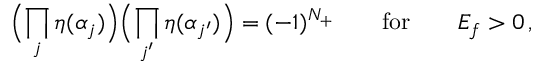
\Bigl ( \prod _ { j } \eta ( \alpha _ { j } ) \Bigr ) \Bigl ( \prod _ { j ^ { \prime } } \eta ( \alpha _ { j ^ { \prime } } ) \Bigr ) = ( - 1 ) ^ { N _ { + } } \qquad \mathrm { f o r } \qquad E _ { f } > 0 \, ,